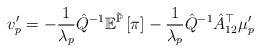
LaTeX: \begin{align*}v_{p}'=-\frac{1}{\lambda_{p}}\hat{Q}^{-1}\mathbb{E}^{\tilde{\mathbb{P}}}\left[\pi\right]-\frac{1}{\lambda_{p}}\hat{Q}^{-1}\hat{A}_{12}^{\top}\mu'_{p}\end{align*}